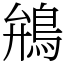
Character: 鴘